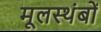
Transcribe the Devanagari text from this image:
मूलस्थंबों